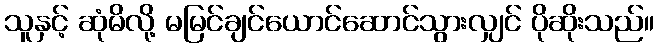
သူနှင့် ဆုံမိလို့ မမြင်ချင်ယောင်ဆောင်သွားလျှင် ပိုဆိုးသည်။